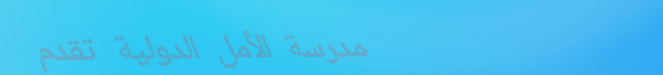
مدرسة الأمل الدولية تقدم